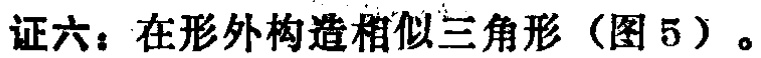
证六：在形外构造相似三角形（图 5）。